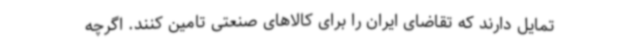
تمایل دارند که تقاضای ایران را برای کالاهای صنعتی تامین کنند. اگرچه